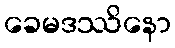
ခေမဒဿိနော